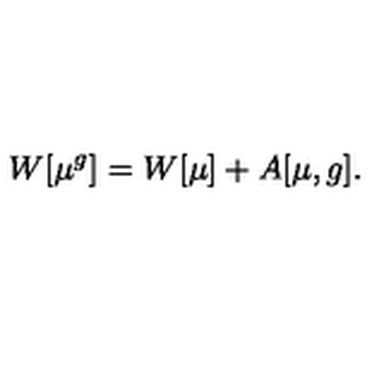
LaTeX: W [ \mu ^ { g } ] = W [ \mu ] + A [ \mu , g ] .